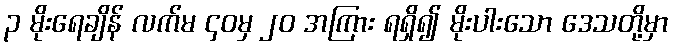
၃ မိုးရေချိန် လက်မ ၄၀မှ ၂၀ အကြား ရရှိ၍ မိုးပါးသော ဒေသတို့မှာ